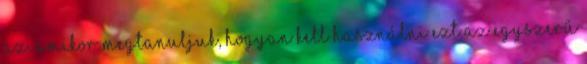
az. Amikor megtanuljuk, hogyan kell használni ezt az egyszerű